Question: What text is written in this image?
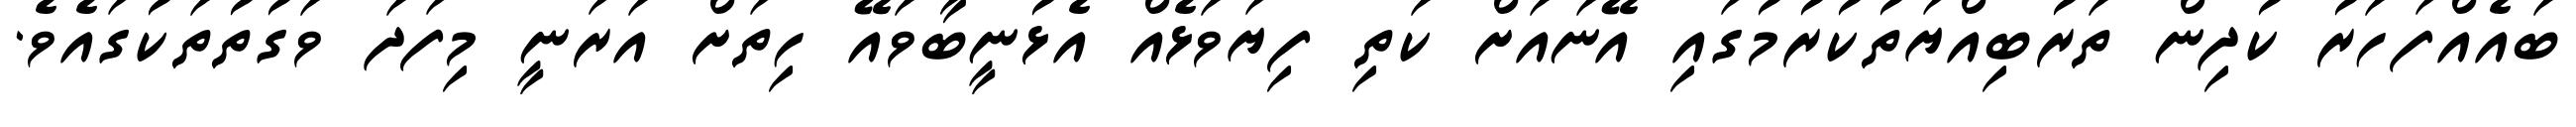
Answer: ބައެއްފަހަރު ކުދިން ތަރުބިއްޔަތުކުރުމުގައި އޭނައަށް ކަތި ފިޔަވަޅެއް އެޅުނީބާވައޭ ހިތަށް އަރަނީ މިފަދަ ވަގުތުތަކުގައެވެ.